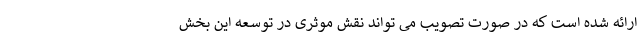
ارائه شده است که در صورت تصویب می تواند نقش موثری در توسعه این بخش